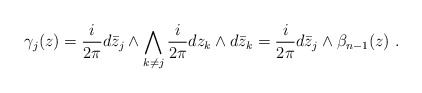
\begin{align*} \gamma_j(z)=\frac i{2\pi} d\bar z_j\wedge\bigwedge_{k\neq j} \frac i{2\pi} dz_k\wedge d\bar z_k= \frac i{2\pi} d\bar z_j\wedge \beta_{n-1}(z)\ .\end{align*}